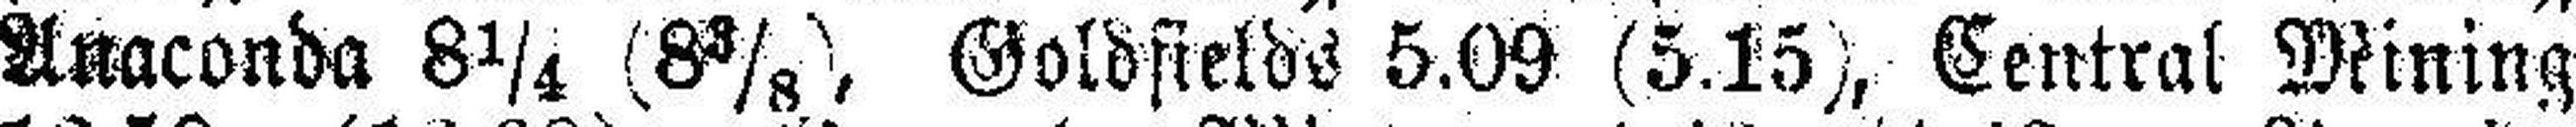
Anaconda 8 1/4 (8 3/8), Goldfields 5.09 (5.15), Central Mining